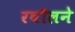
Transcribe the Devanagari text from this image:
रबौलने